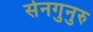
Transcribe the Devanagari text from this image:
सेनगुनुरु